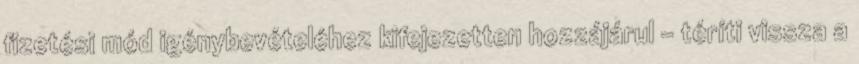
fizetési mód igénybevételéhez kifejezetten hozzájárul – téríti vissza a